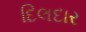
દિલદાર